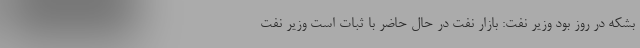
بشکه در روز بود وزیر نفت: بازار نفت در حال حاضر با ثبات است وزیر نفت